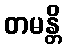
တမန္တိ